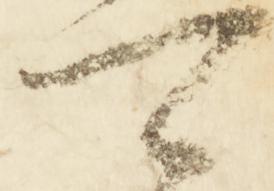
可